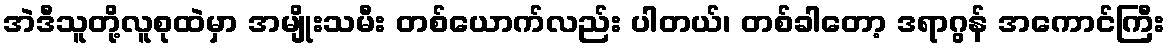
အဲဒီသူတို့လူစုထဲမှာ အမျိုးသမီး တစ်ယောက်လည်း ပါတယ်၊ တစ်ခါတော့ ဒရာဂွန် အကောင်ကြီး